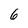
Character: 6